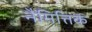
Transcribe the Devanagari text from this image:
नैमित्तिकं